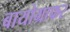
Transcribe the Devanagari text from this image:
बायोग्राफर